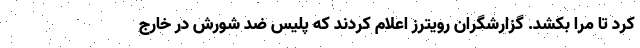
کرد تا مرا بکشد. گزارشگران رویترز اعلام کردند که پلیس ضد شورش در خارج